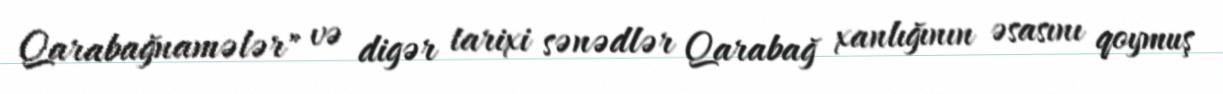
Qarabağnamələr" və digər tarixi sənədlər Qarabağ xanlığının əsasını qoymuş